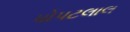
પોપટલાલ